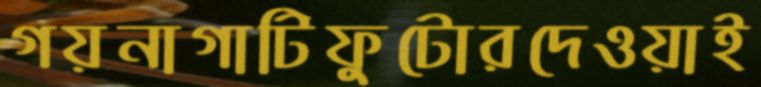
গয়নাগাটিফুটোরদেওয়াই